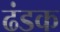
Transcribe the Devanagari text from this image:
ढंडक